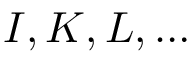
I , K , L , \ldots